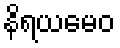
နိရယမေဝ